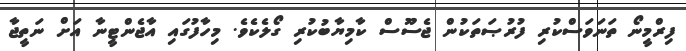
ފިރްމީނޯ ތަނަވަސްކުރި ފުރުޞަތަކުން ޖެސޫސް ކާމިޔާބުކުރި ގޯލެކެވެ. މިހާފުގައި އާޖެންޓީނާ އަށް ނަތީޖާ